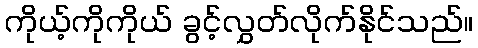
ကိုယ့်ကိုကိုယ် ခွင့်လွှတ်လိုက်နိုင်သည်။